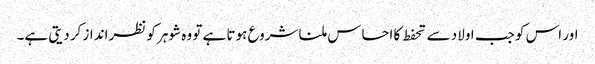
اور اس کو جب اولاد سے تحفط کا احساس ملنا شروع ہوتا ہے تو وہ شوہر کو نظرانداز کر دیتی ہے۔